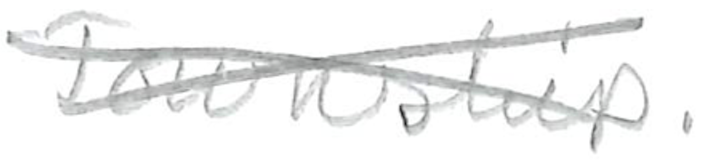
Text: Township.
Cross-out: cross
Writing tool: pencil